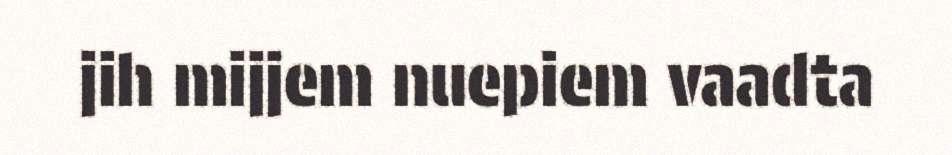
jih mijjem nuepiem vaadta